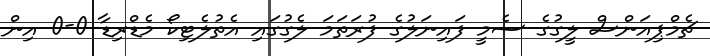
ޗެމްޕިއަންސް ލީގުގެ ސެމީ ފައިނަލުގެ ފުރަތަމަ ލެގުގައި އެތުލެޓިކޯ މެޑްރިޑާ 0-0 އިން